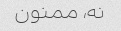
نه، ممنون